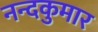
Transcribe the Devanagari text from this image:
नन्दकुमार